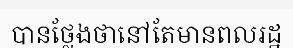
បានថ្លែងថានៅតែមានពលរដ្ឋ